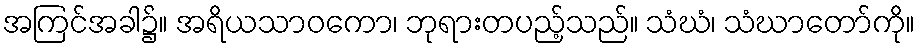
အကြင်အခါ၌။ အရိယသာဝကော၊ ဘုရားတပည့်သည်။ သံဃံ၊ သံဃာတော်ကို။